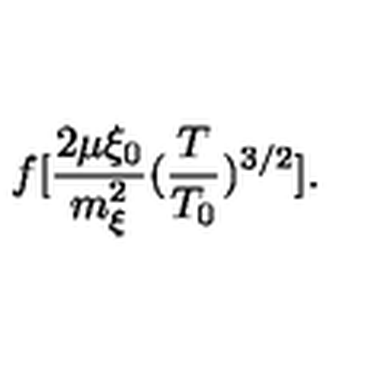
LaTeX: \: f [ \frac { 2 \mu \xi _ { 0 } } { m _ { \xi } ^ { 2 } } ( \frac { T } { T _ { 0 } } ) ^ { 3 / 2 } ] . \: